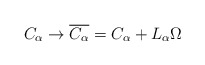
\begin{align*}C_\alpha \to \overline{C_\alpha} = C_\alpha + L_\alpha \Omega \end{align*}